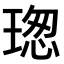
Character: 𤧚